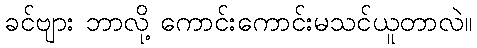
ခင်ဗျား ဘာလို့ ကောင်းကောင်းမသင်ယူတာလဲ။